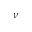
\nu